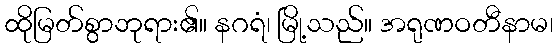
ထိုမြတ်စွာဘုရား၏။ နဂရံ၊ မြို့သည်။ အရုဏဝတီနာမ၊